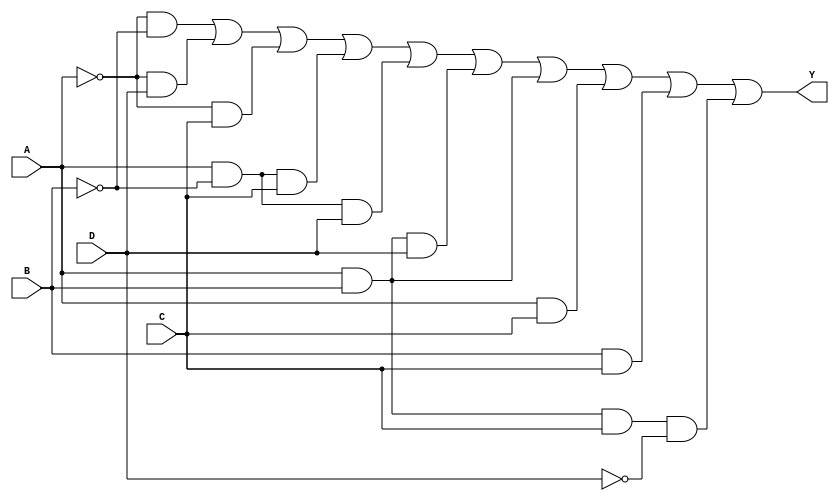
module kmap_4var (
    input wire A,  // First variable
    input wire B,  // Second variable
    input wire C,  // Third variable
    input wire D,  // Fourth variable
    output wire Y  // Output representing the simplified Boolean function
);

    // The output logic based on the specific minterms filled in the K-map
    // This should be modified to reflect the actual K-map you're working with.
    assign Y = ( ~A & ~B ) |      // minterm 0
               ( ~A & D ) |      // minterm 1
               ( ~A & C ) |      // minterm 2
               ( A & ~B & C ) |  // minterm 5
               ( A & ~B & D ) |  // minterm 6
               ( A & B & D ) |    // minterm 7
               ( A & B ) |       // minterm 8
               ( A & C ) |       // minterm 9
               ( B & C ) |       // minterm 10
               ( A & B & C &~D ); // minterm 14

endmodule